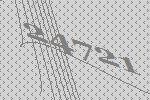
24721